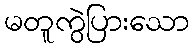
မတူကွဲပြားသော